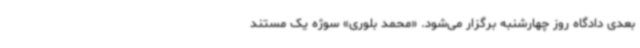
بعدی دادگاه روز چهارشنبه برگزار می‌شود. «محمد بلوری» سوژه یک مستند